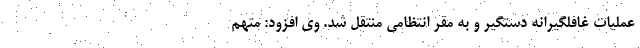
عملیات غافلگیرانه دستگیر و به مقر انتظامی منتقل شد. وی افزود: متهم